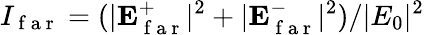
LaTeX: I_{\mathrm{~f~a~r~}}=(|\mathbf{E}_{\mathrm{~f~a~r~}}^{+}|^{2}+|\mathbf{E}_{\mathrm{~f~a~r~}}^{-}|^{2})/|E_{0}|^{2}